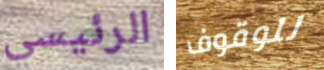
الرئيسي للوقوف